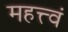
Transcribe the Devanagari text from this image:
महत्त्वं